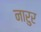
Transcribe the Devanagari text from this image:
नारुर